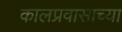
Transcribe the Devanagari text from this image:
कालप्रवासाच्या